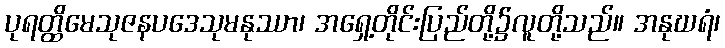
ပုရတ္ထိမေသုဇနပဒေသုမနုဿာ၊ အရှေ့တိုင်းပြည်တို့၌လူတို့သည်။ အနုဃရံ၊